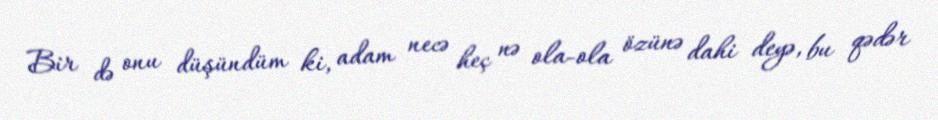
Bir də onu düşündüm ki, adam necə heç nə ola-ola özünə dahi deyə, bu qədər